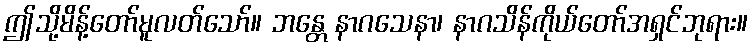
ဤသို့မိန့်တော်မူလတ်သော်။ ဘန္တေ နာဂသေနာ၊ နာဂသိန်ကိုယ်တော်အရှင်ဘုရား။